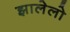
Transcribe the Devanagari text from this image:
झालेलो